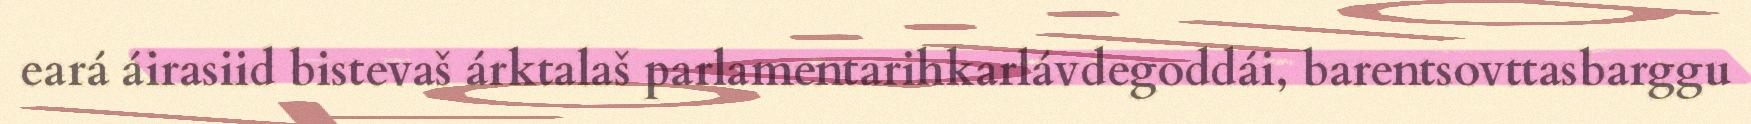
eará áirasiid bistevaš árktalaš parlamentarihkarlávdegoddái, barentsovttasbarggu